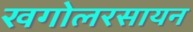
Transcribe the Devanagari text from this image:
खगोलरसायन